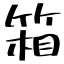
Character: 箱